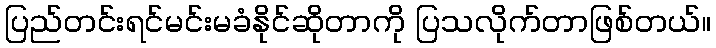
ပြည်တင်းရင်မင်းမခံနိုင်ဆိုတာကို ပြသလိုက်တာဖြစ်တယ်။